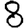
Digit: 8